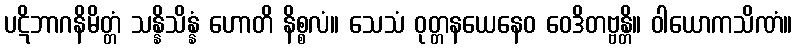
ပဋိဘာဂနိမိတ္တံ သန္နိသိန္နံ ဟောတိ နိစ္စလံ။ သေသံ ဝုတ္တနယေနေဝ ဝေဒိတဗ္ဗန္တိ။ ဝါယောကသိဏံ။